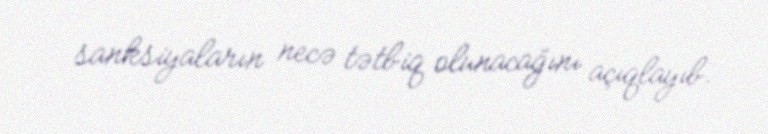
sanksiyaların necə tətbiq olunacağını açıqlayıb.